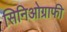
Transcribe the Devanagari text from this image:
सिनिओग्राफी